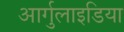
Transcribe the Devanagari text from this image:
आर्गुलाइडिया